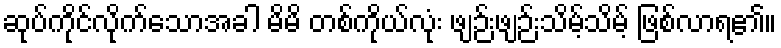
ဆုပ်ကိုင်လိုက်သောအခါ မိမိ တစ်ကိုယ်လုံး ဖျဉ်းဖျဉ်းသိမ့်သိမ့် ဖြစ်လာရ၏။